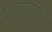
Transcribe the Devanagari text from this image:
पागलपंती